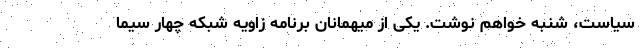
سیاست، شنبه خواهم نوشت. یکی از میهمانان برنامه زاویه شبکه چهار سیما